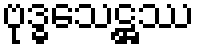
ဗုဒ္ဓသေဋ္ဌဿ